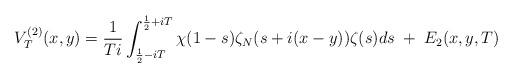
LaTeX: \begin{align*}V_{T}^{(2)}(x,y)=\frac{1}{Ti}\int_{\frac{1}{2}-iT}^{\frac{1}{2}+iT}\chi(1-s)\zeta_N(s+i(x-y))\zeta(s)ds\; +\; E_2(x,y,T)\end{align*}